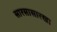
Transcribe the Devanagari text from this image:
सारसासारखा